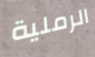
الرملية